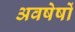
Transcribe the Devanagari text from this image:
अवषेषों